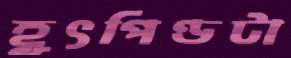
হূৎপিণ্ডটা